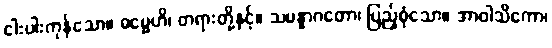
ငါးပါးကုန်သော။ ဓမ္မေဟိ၊ တရားတို့နှင့်။ သမန္နာဂတော၊ ပြည့်စုံသော။ အာဝါသိကော၊